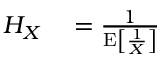
\begin{array} { r l } { H _ { X } } & { { } = { \frac { 1 } { \operatorname { E } \left[ { \frac { 1 } { X } } \right] } } } \end{array}